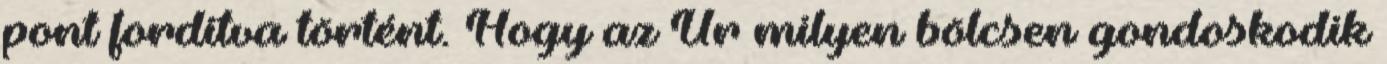
pont fordítva történt. Hogy az Úr milyen bölcsen gondoskodik